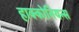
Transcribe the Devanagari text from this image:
हाक्कोनियन्स